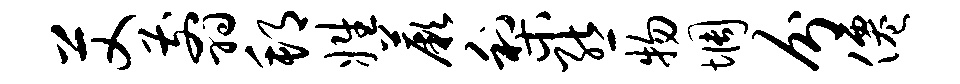
艾翦邦姓蕨梨熊物惆分仙